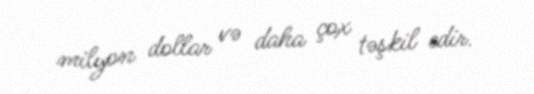
milyon dollar və daha çox təşkil edir.